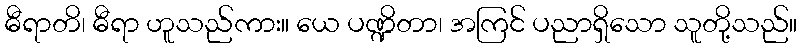
ဓီရာတိ၊ ဓီရာ ဟူသည်ကား။ ယေ ပဏ္ဍိတာ၊ အကြင် ပညာရှိသော သူတို့သည်။